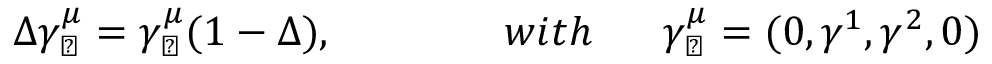
\Delta \gamma _ { \perp } ^ { \mu } = \gamma _ { \perp } ^ { \mu } ( 1 - \Delta ) , \qquad \qquad w i t h \ \mathrm { \quad ~ } \gamma _ { \perp } ^ { \mu } = ( 0 , \gamma ^ { 1 } , \gamma ^ { 2 } , 0 )